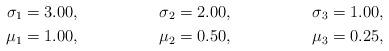
LaTeX: \begin{align*}\sigma_1 &= 3.00, & \sigma_2 &= 2.00, & \sigma_3 &= 1.00, \\\mu_1 &= 1.00, & \mu_2 &= 0.50, & \mu_3 &= 0.25, \end{align*}